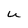
Character: u